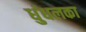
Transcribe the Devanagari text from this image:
धुंधलका